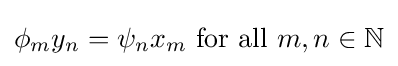
\phi _{m}y_{n}=\psi _{n}x_{m}{\text{ for all }}m,n\in \mathbb {N}